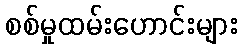
စစ်မှုထမ်းဟောင်းများ